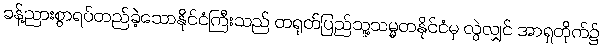
ခန့်ညားစွာရပ်တည်ခဲ့သောနိုင်ငံကြီးသည် တရုတ်ပြည်သူ့သမ္မတနိုင်ငံမှ လွဲလျှင် အာရှတိုက်၌